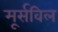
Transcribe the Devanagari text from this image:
मूर्सविल